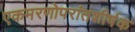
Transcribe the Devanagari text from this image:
एकमरणोपरांतशीर्षक